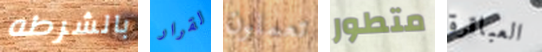
بالشرطه لقرار تعملون متطور العباقرة